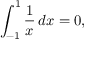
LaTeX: \int _ { - 1 } ^ { 1 } { \frac { 1 } { x } } \, d x = 0 ,